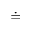
\doteq